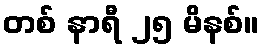
တစ် နာရီ ၂၅ မိနစ်။